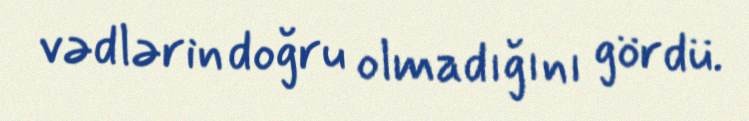
vədlərin doğru olmadığını gördü.